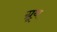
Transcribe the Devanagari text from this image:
ग्रूथ